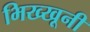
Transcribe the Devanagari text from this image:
भिख्खूनी